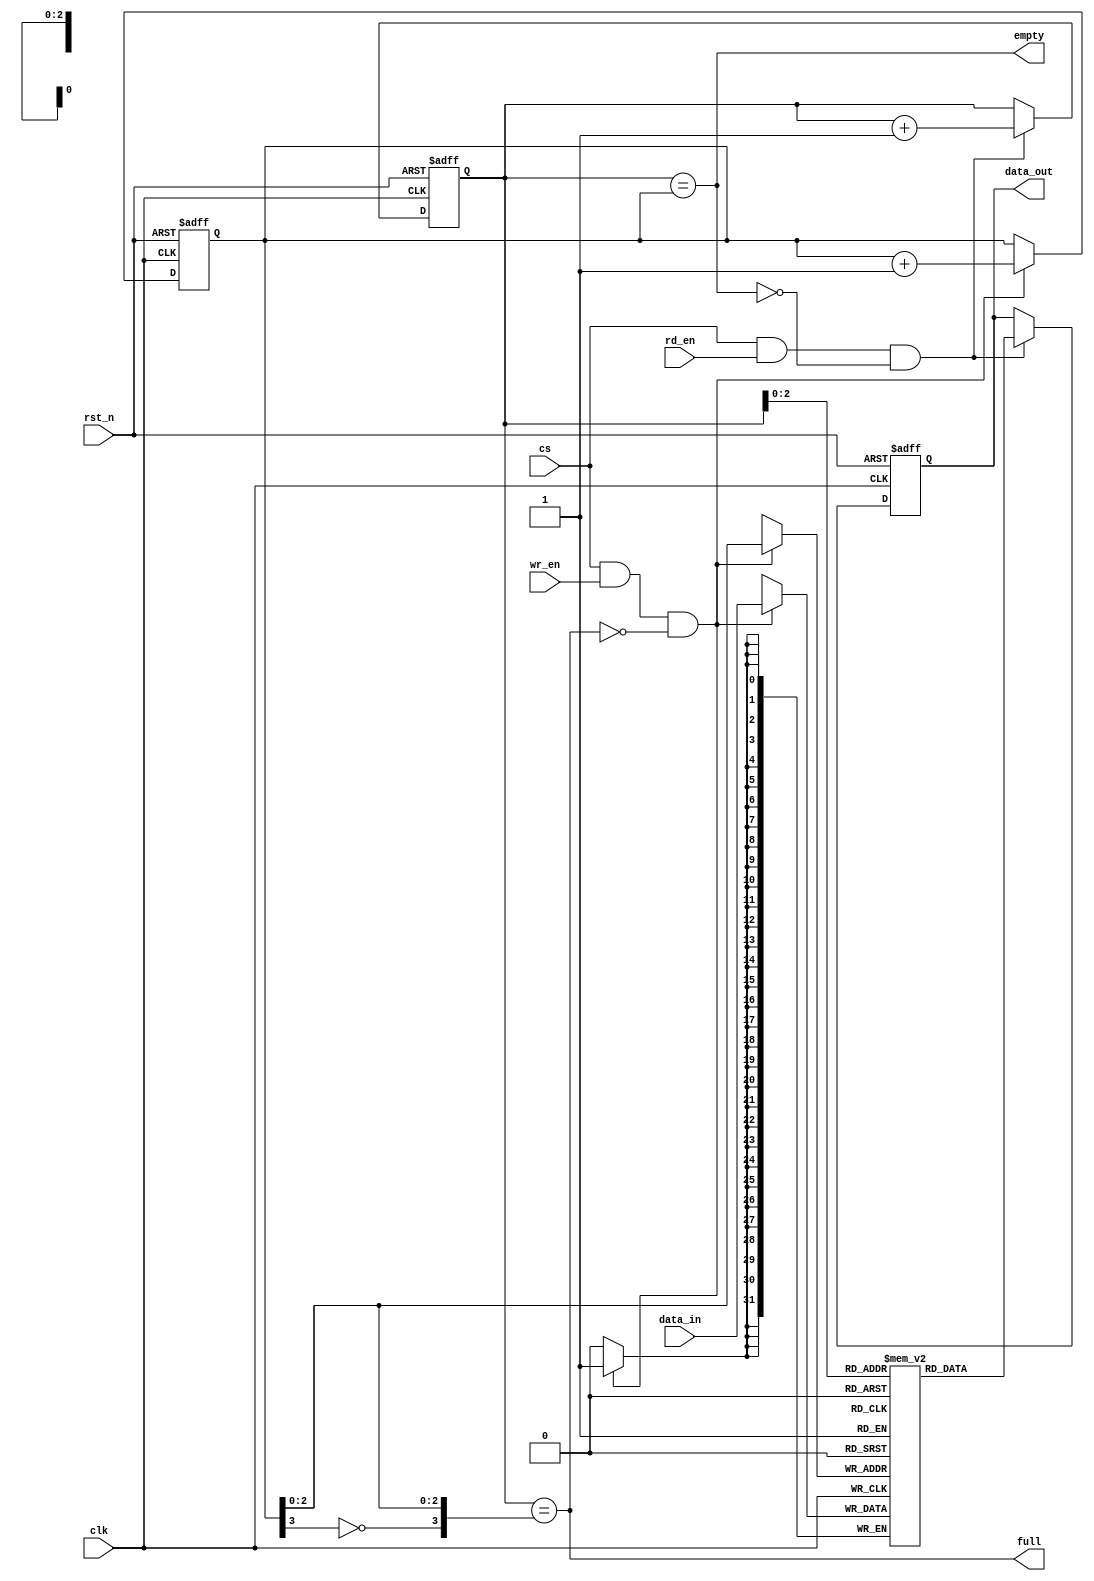
module fifo_sync
    // Parameters section
    #( parameter FIFO_DEPTH = 8,
	   parameter DATA_WIDTH = 32)
    // Ports section   
	(input clk, 
     input rst_n,
     input cs,     // chip select	 
     input wr_en, 
     input rd_en, 
     input [DATA_WIDTH-1:0] data_in, 
     output reg [DATA_WIDTH-1:0] data_out, 
	 output empty,
	 output full); 

    localparam FIFO_DEPTH_LOG = $clog2(FIFO_DEPTH);
	
    // Declare a by-dimensional array to store the data
	reg [DATA_WIDTH-1:0] fifo [0:FIFO_DEPTH-1];
	
	// Wr/Rd pointer have 1 extra bits at MSB
	reg [FIFO_DEPTH_LOG:0] write_pointer;
	reg [FIFO_DEPTH_LOG:0] read_pointer;

    always @(posedge clk or negedge rst_n) begin
	    if(!rst_n)
		    write_pointer <= 0;
		else if (cs && wr_en && !full)
	        write_pointer <= write_pointer + 1'b1;
	end
	
	always @(posedge clk or negedge rst_n) begin
	    if(!rst_n)
		    read_pointer <= 0;
		else if (cs && rd_en && !empty)
	        read_pointer <= read_pointer + 1'b1;
	end
	
	// Declare the empty/full logic
    assign empty = (read_pointer == write_pointer);
	assign full  = (read_pointer == {~write_pointer[FIFO_DEPTH_LOG], write_pointer[FIFO_DEPTH_LOG-1:0]});

    always @(posedge clk) begin
	    if (cs && wr_en && !full)
	        fifo[write_pointer[FIFO_DEPTH_LOG-1:0]] <= data_in;
	end
	
	always @(posedge clk or negedge rst_n) begin
	    if (!rst_n)
		    data_out <= 0;
		else if (cs && rd_en && !empty)
	        data_out <= fifo[read_pointer[FIFO_DEPTH_LOG-1:0]];
	end

endmodule